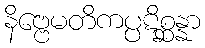
နိဗ္ဗေမတိကပ္ပဋိစ္ဆန္နာ